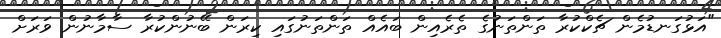
"އަޅުގަނޑުމެން ޗެކްކުރާ ތަންތަނުގެ ތެރެއިން ބައެއް ތަންތަނުގައި ކިރަން ބޭނުންކުރާ ސާމާނުން ވަރަށް